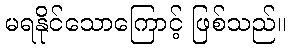
မရနိုင်သောကြောင့် ဖြစ်သည်။